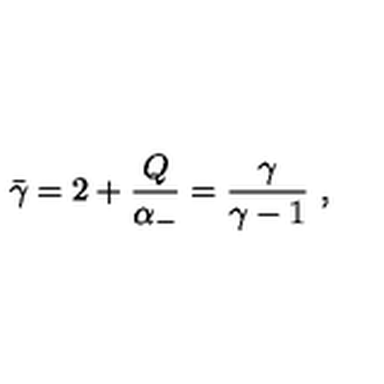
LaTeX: \bar { \gamma } = 2 + { \frac { Q } { \alpha _ { - } } } = { \frac { \gamma } { \gamma - 1 } } \ ,